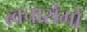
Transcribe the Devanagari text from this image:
त्वचारोंगों